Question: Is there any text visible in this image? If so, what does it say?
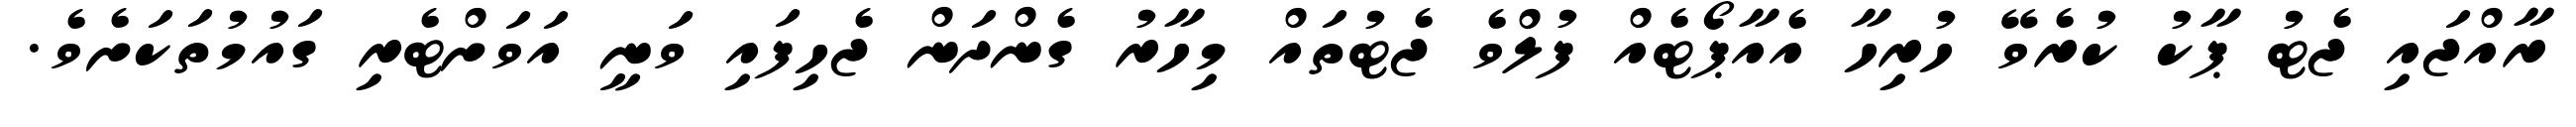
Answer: ރާއްޖައި ޖެޓު ޕާކު ކުރެވޭ ހުރިހާ އެއާޕޯޓެއް ފުލްވެ ޖެޓުތައް މިހާރު ގެންދަން ޖެހިފައި ވަނީ އަވަށްޓެރި ގައުމުތަކަށެވެ.